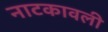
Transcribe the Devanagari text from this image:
नाटकावली